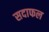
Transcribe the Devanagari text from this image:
सदाफल